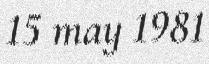
15 may 1981